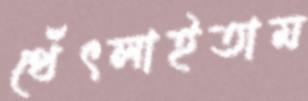
থেঁৎলাইতাম